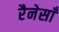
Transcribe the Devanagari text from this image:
रैनेसाँ